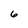
Character: 6